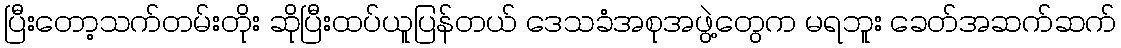
ပြီးတော့သက်တမ်းတိုး ဆိုပြီးထပ်ယူပြန်တယ် ဒေသခံအစုအဖွဲ့တွေက မရဘူး ခေတ်အဆက်ဆက်